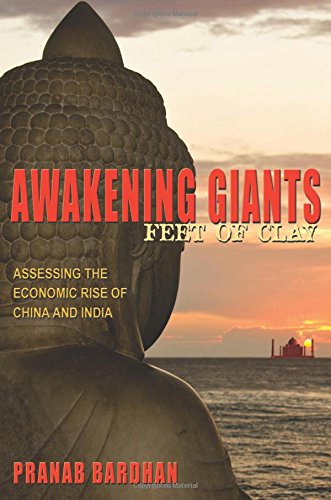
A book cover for Awakening Giants, Feet of Clay: Assessing the Economic Rise of China and India; Pranab Bardhan; Business & Money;